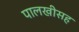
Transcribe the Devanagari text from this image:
पालखीसह